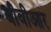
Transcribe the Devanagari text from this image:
बीवीआर